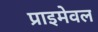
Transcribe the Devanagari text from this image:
प्राइमेवल